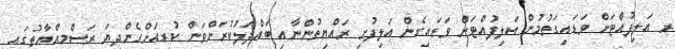
ރ އަލިފުއްޓަށް ވަޑައިގަތުމުން އަލިފުއްޓަށް ވަޑައިގެން އަލިފުށި ރައްޔިތުންނާއި ބައްދަލުކުރަށްވަން ކުރިއަށްގެންދިޔަ ރަސްމިއްޔާތުގައި